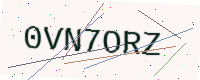
Text: 0VN7ORZ